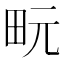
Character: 𪽊